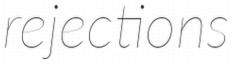
rejections